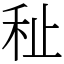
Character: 䄳